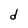
Character: d